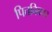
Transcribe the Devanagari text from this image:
पित्तविकार